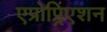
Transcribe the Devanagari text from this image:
एप्रोप्र्रिएशन